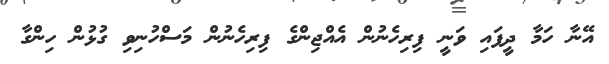
އޭނާ ހަމާ ދީފައި ވަނީ ފިރިހެނުން އެއްޖިންގެ ފިރިހެނުން މަސްހުނިވި ގުޅުން ހިންގާ